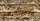
إيجادهم